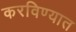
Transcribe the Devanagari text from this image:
करविण्यात